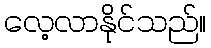
လေ့လာနိုင်သည်။